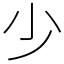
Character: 少